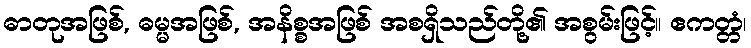
ဓာတုအဖြစ်, ဓမ္မအဖြစ်, အနိစ္စအဖြစ် အစရှိသည်တို့၏ အစွမ်းဖြင့်။ ဧကတ္တံ၊